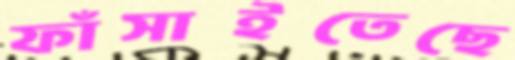
ফাঁসাইতেছে